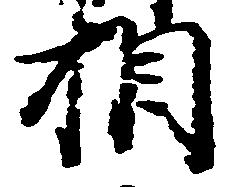
相